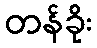
တန်ခိုး